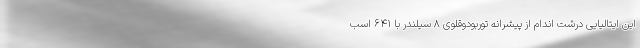
این ایتالیایی درشت اندام از پیشرانه توربودوقلوی 8 سیلندر با 641 اسب